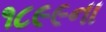
૧૮૯૯ના